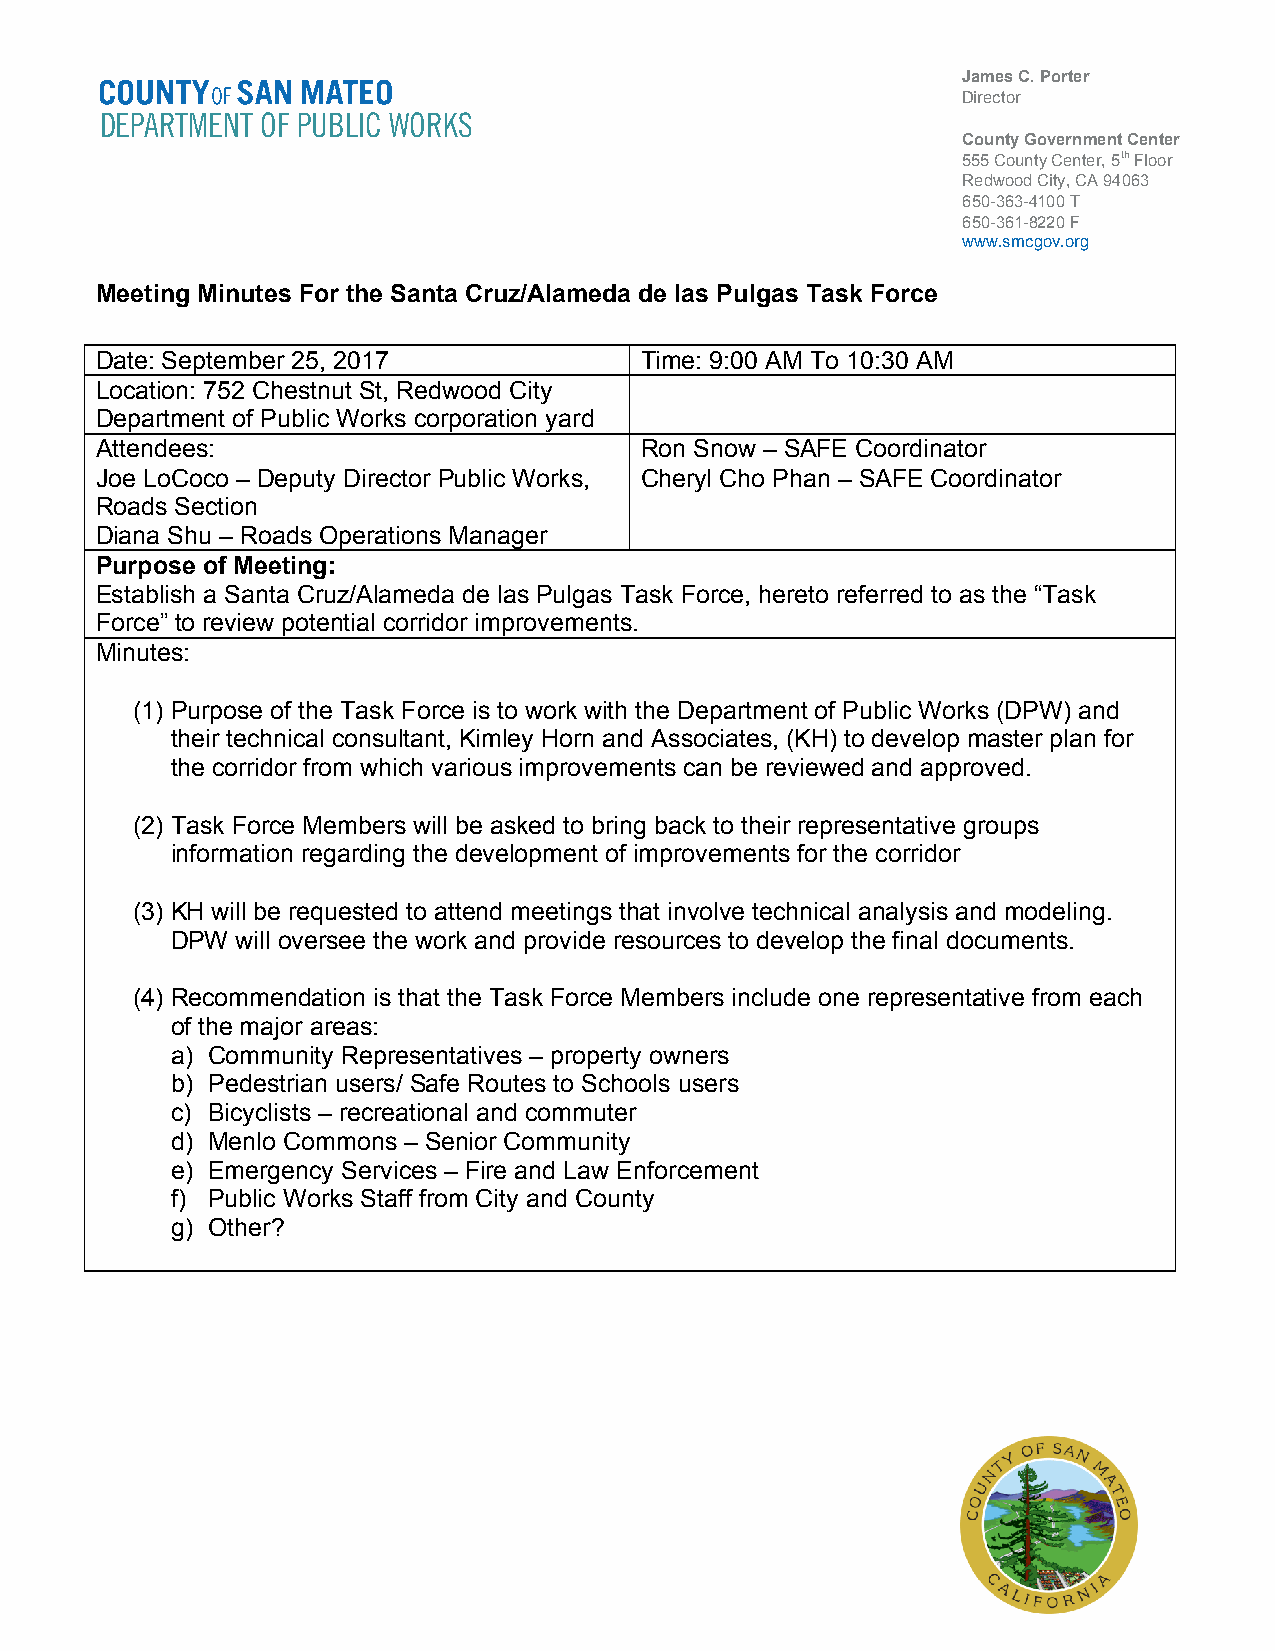
James C. Porter
 Director
 DEPARTMENT OF PUBLIC WORKS
 County Government Center
 555 County Center, 5th Floor
 Redwood City, CA 94063
 650-363-4100 T
 650-361-8220 F
 www.smcgov.org
 Meeting Minutes For the Santa Cruz/Alameda de las Pulgas Task Force
 Date: September 25, 2017            Time: 9:00 AM To 10:30 AM
 Location: 752 Chestnut St, Redwood City
 Department of Public Works corporation yard
 Attendees:                          Ron Snow – SAFE Coordinator
 Joe LoCoco – Deputy Director Public Works, Cheryl Cho Phan – SAFE Coordinator
 Roads Section
 Diana Shu – Roads Operations Manager
 Purpose of Meeting:
 Establish a Santa Cruz/Alameda de las Pulgas Task Force, hereto referred to as the “Task
 Force” to review potential corridor improvements.
 Minutes:
 (1) Purpose of the Task Force is to work with the Department of Public Works (DPW) and
 their technical consultant, Kimley Horn and Associates, (KH) to develop master plan for
 the corridor from which various improvements can be reviewed and approved.
 (2) Task Force Members will be asked to bring back to their representative groups
 information regarding the development of improvements for the corridor
 (3) KH will be requested to attend meetings that involve technical analysis and modeling.
 DPW  will oversee the work and provide resources to develop the final documents.
 (4) Recommendation is that the Task Force Members include one representative from each
 of the major areas:
 a) Community Representatives – property owners
 b) Pedestrian users/ Safe Routes to Schools users
 c) Bicyclists – recreational and commuter
 d) Menlo Commons – Senior Community
 e) Emergency Services – Fire and Law Enforcement
 f) Public Works Staff from City and County
 g) Other?